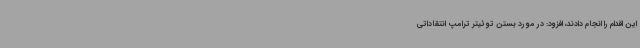
این اقدام را انجام دادند، افزود: در مورد بستن توئیتر ترامپ انتقاداتی